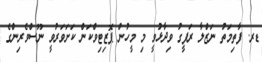
ޑރ. ފާތިމަތު ނަޒްލާ ރަފީގު ވިދާޅުވީ މި މީހުން ޕޮޒިޓިވްކަން ކަށަވަރުވީ ނޫސްވެރިންގެ